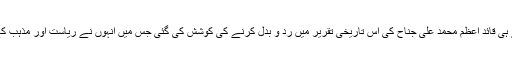
آزادی کا سورج طلوع ہوتے ہی قائد اعظم محمد علی جناح کی اس تاریخی تقریر میں رد و بدل کرنے کی کوشش کی گئی جس میں انہوں نے ریاست اور مذہب کے درمیان تفریق واضح کی۔